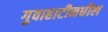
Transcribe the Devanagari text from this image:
गुवाहाटीमधील